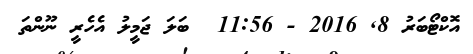
އޮކްޓޯބަރު 8